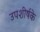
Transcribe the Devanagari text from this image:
उपशीर्षके